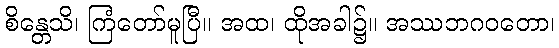
စိန္တေသိ၊ ကြံတော်မူပြီ။ အထ၊ ထိုအခါ၌။ အဿဘဂဝတော၊